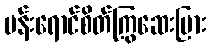
ပန်းရောင်စိတ်ကြွဆေးပြား